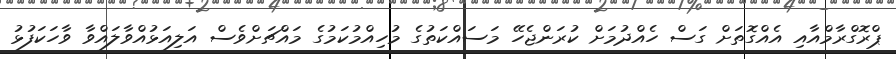
ޕްރޮގްރާމްއާއި އެއްގޮތަށް ގަސް ހެއްދުމަށް ކުރަންޖެހޭ މަސައްކަތުގެ މުހިއްމުކަމުގެ މައްޗަށްވެސް އަލިއަޅުއްވާލައްވާ ވާހަކަފުޅު